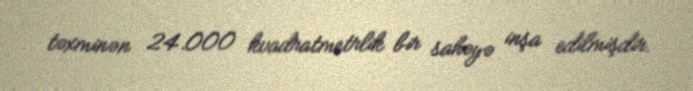
təxminən 24.000 kvadratmetrlik bir sahəyə inşa edilmişdir.